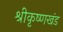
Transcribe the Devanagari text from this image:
श्रीकृष्णखंड